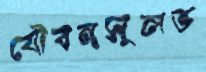
যৌবনসুলভ